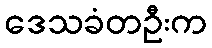
ဒေသခံတဦးက